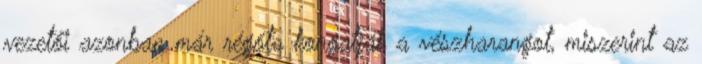
vezetői azonban már régóta kongatják a vészharangot, miszerint az